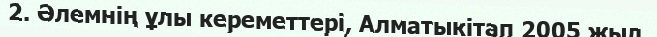
2. Әлемнің ұлы кереметтері, Алматыкітап 2005 жыл.